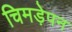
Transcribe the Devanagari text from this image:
चिमड़ेपन